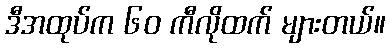
ဒီအထုပ်က ၆၀ ကီလိုထက် များတယ်။